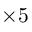
\times 5